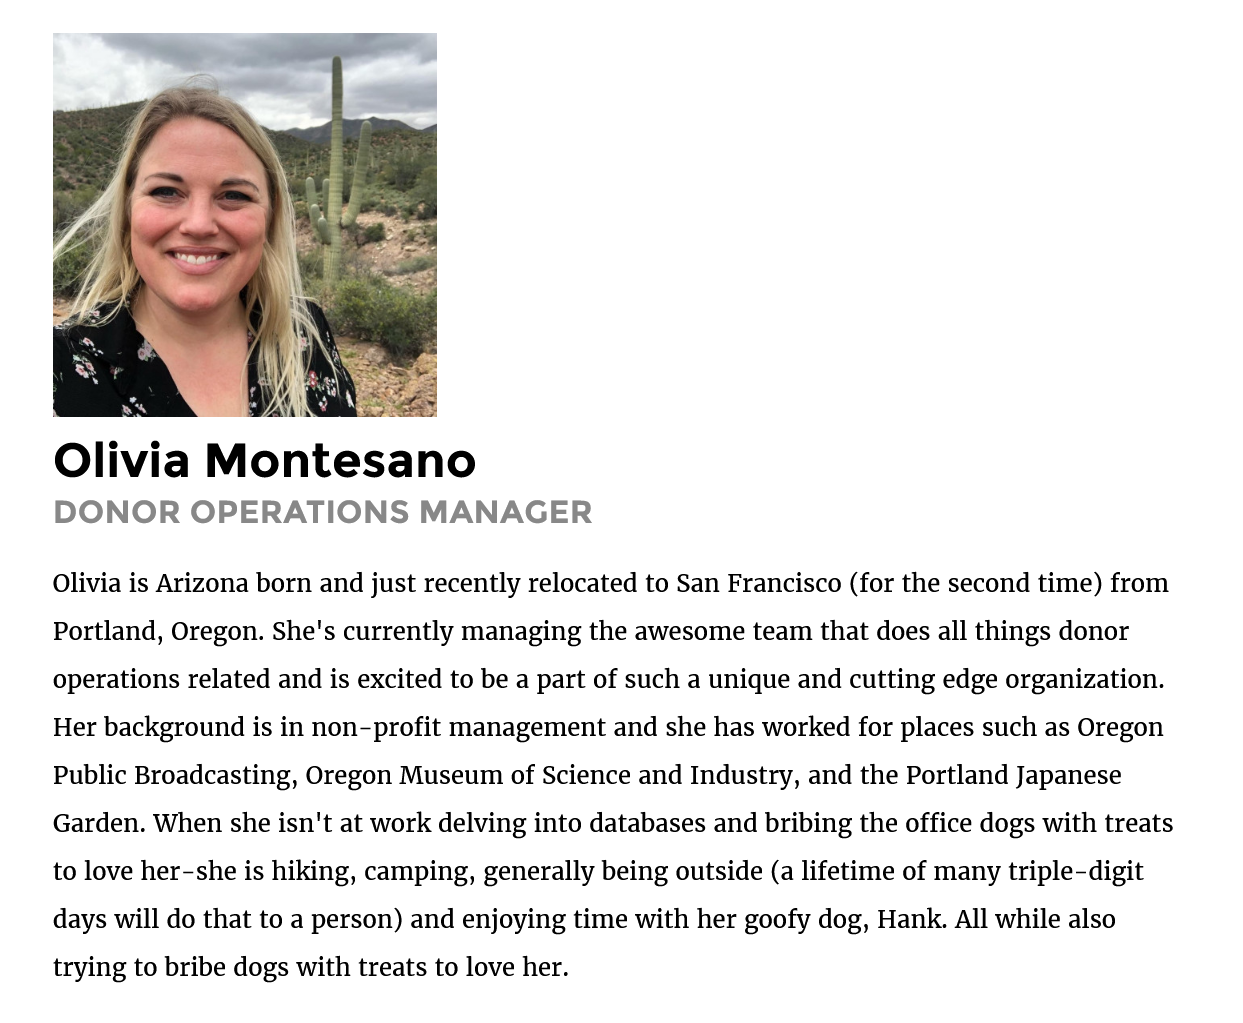
Olivia    Montesano
    DONOR    OPERATIONS    MANAGER
    Olivia is Arizona born and just recently relocated to San Francisco (for the second time) from
    Portland, Oregon. She's currently managing the awesome team that does all things donor
    operations related and is excited to be a part of such a unique and cutting edge organization.
    Her background is in non-profit management and she has worked for places such as Oregon
    Public Broadcasting, Oregon Museum of Science and Industry, and the Portland Japanese
    Garden. When she isn't at work delving into databases and bribing the office dogs with treats
    to love her-she is hiking, camping, generally being outside (a lifetime of many triple-digit
    days will do that to a person) and enjoying time with her goofy dog, Hank. All while also
    trying to bribe dogs with treats to love her.